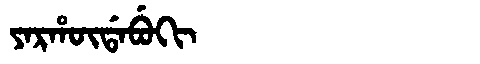
Manchu: ᠶᠠᡵᡥᡡᡩᠠᠪᡠᡴᡳ
Romanization: YARHŪDABUKI